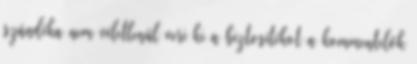
szándéka nem véletlenül veri ki a biztosítékot a kommentelők